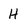
Character: H